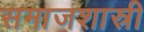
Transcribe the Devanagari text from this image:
समाजशास्री